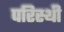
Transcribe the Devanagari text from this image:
परिस्थी